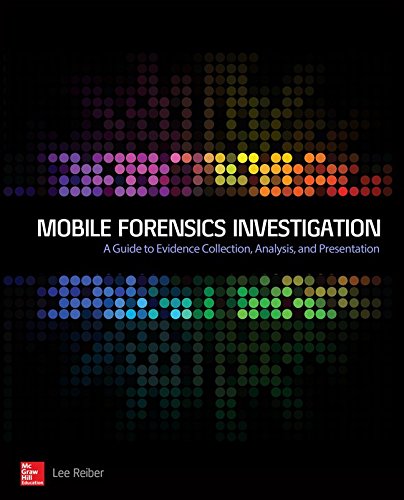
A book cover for Mobile Forensic Investigations: A Guide to Evidence Collection, Analysis, and Presentation; Lee Reiber; Computers & Technology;